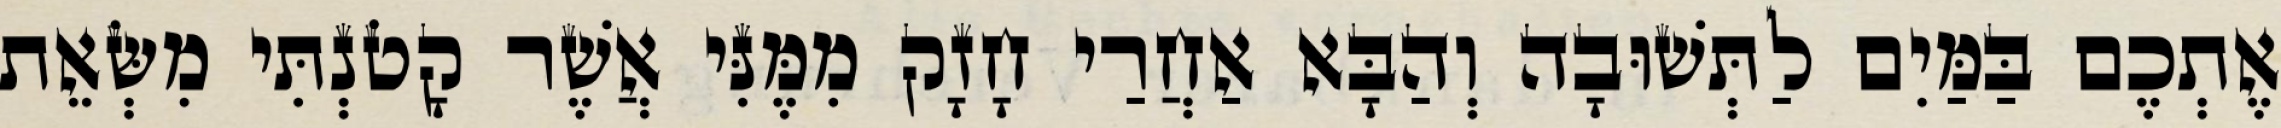
אֶתְכֶם בַּמַּיִם לַתְּשׁוּבָה וְהַבָּא אַחֲרַי חָזָק מִמֶּנִּי אֲשֶׁר קָטֹנְתִּי מִשְּׂאֵת